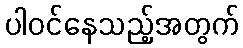
ပါဝင်နေသည့်အတွက်